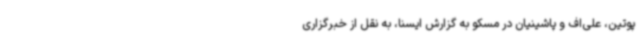
پوتین، علی‌اف و پاشینیان در مسکو به گزارش ایسنا، به نقل از خبرگزاری